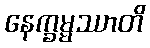
နေက္ခမ္မဿာတိ